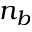
n _ { b }